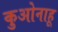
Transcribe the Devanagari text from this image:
कुओनाहू